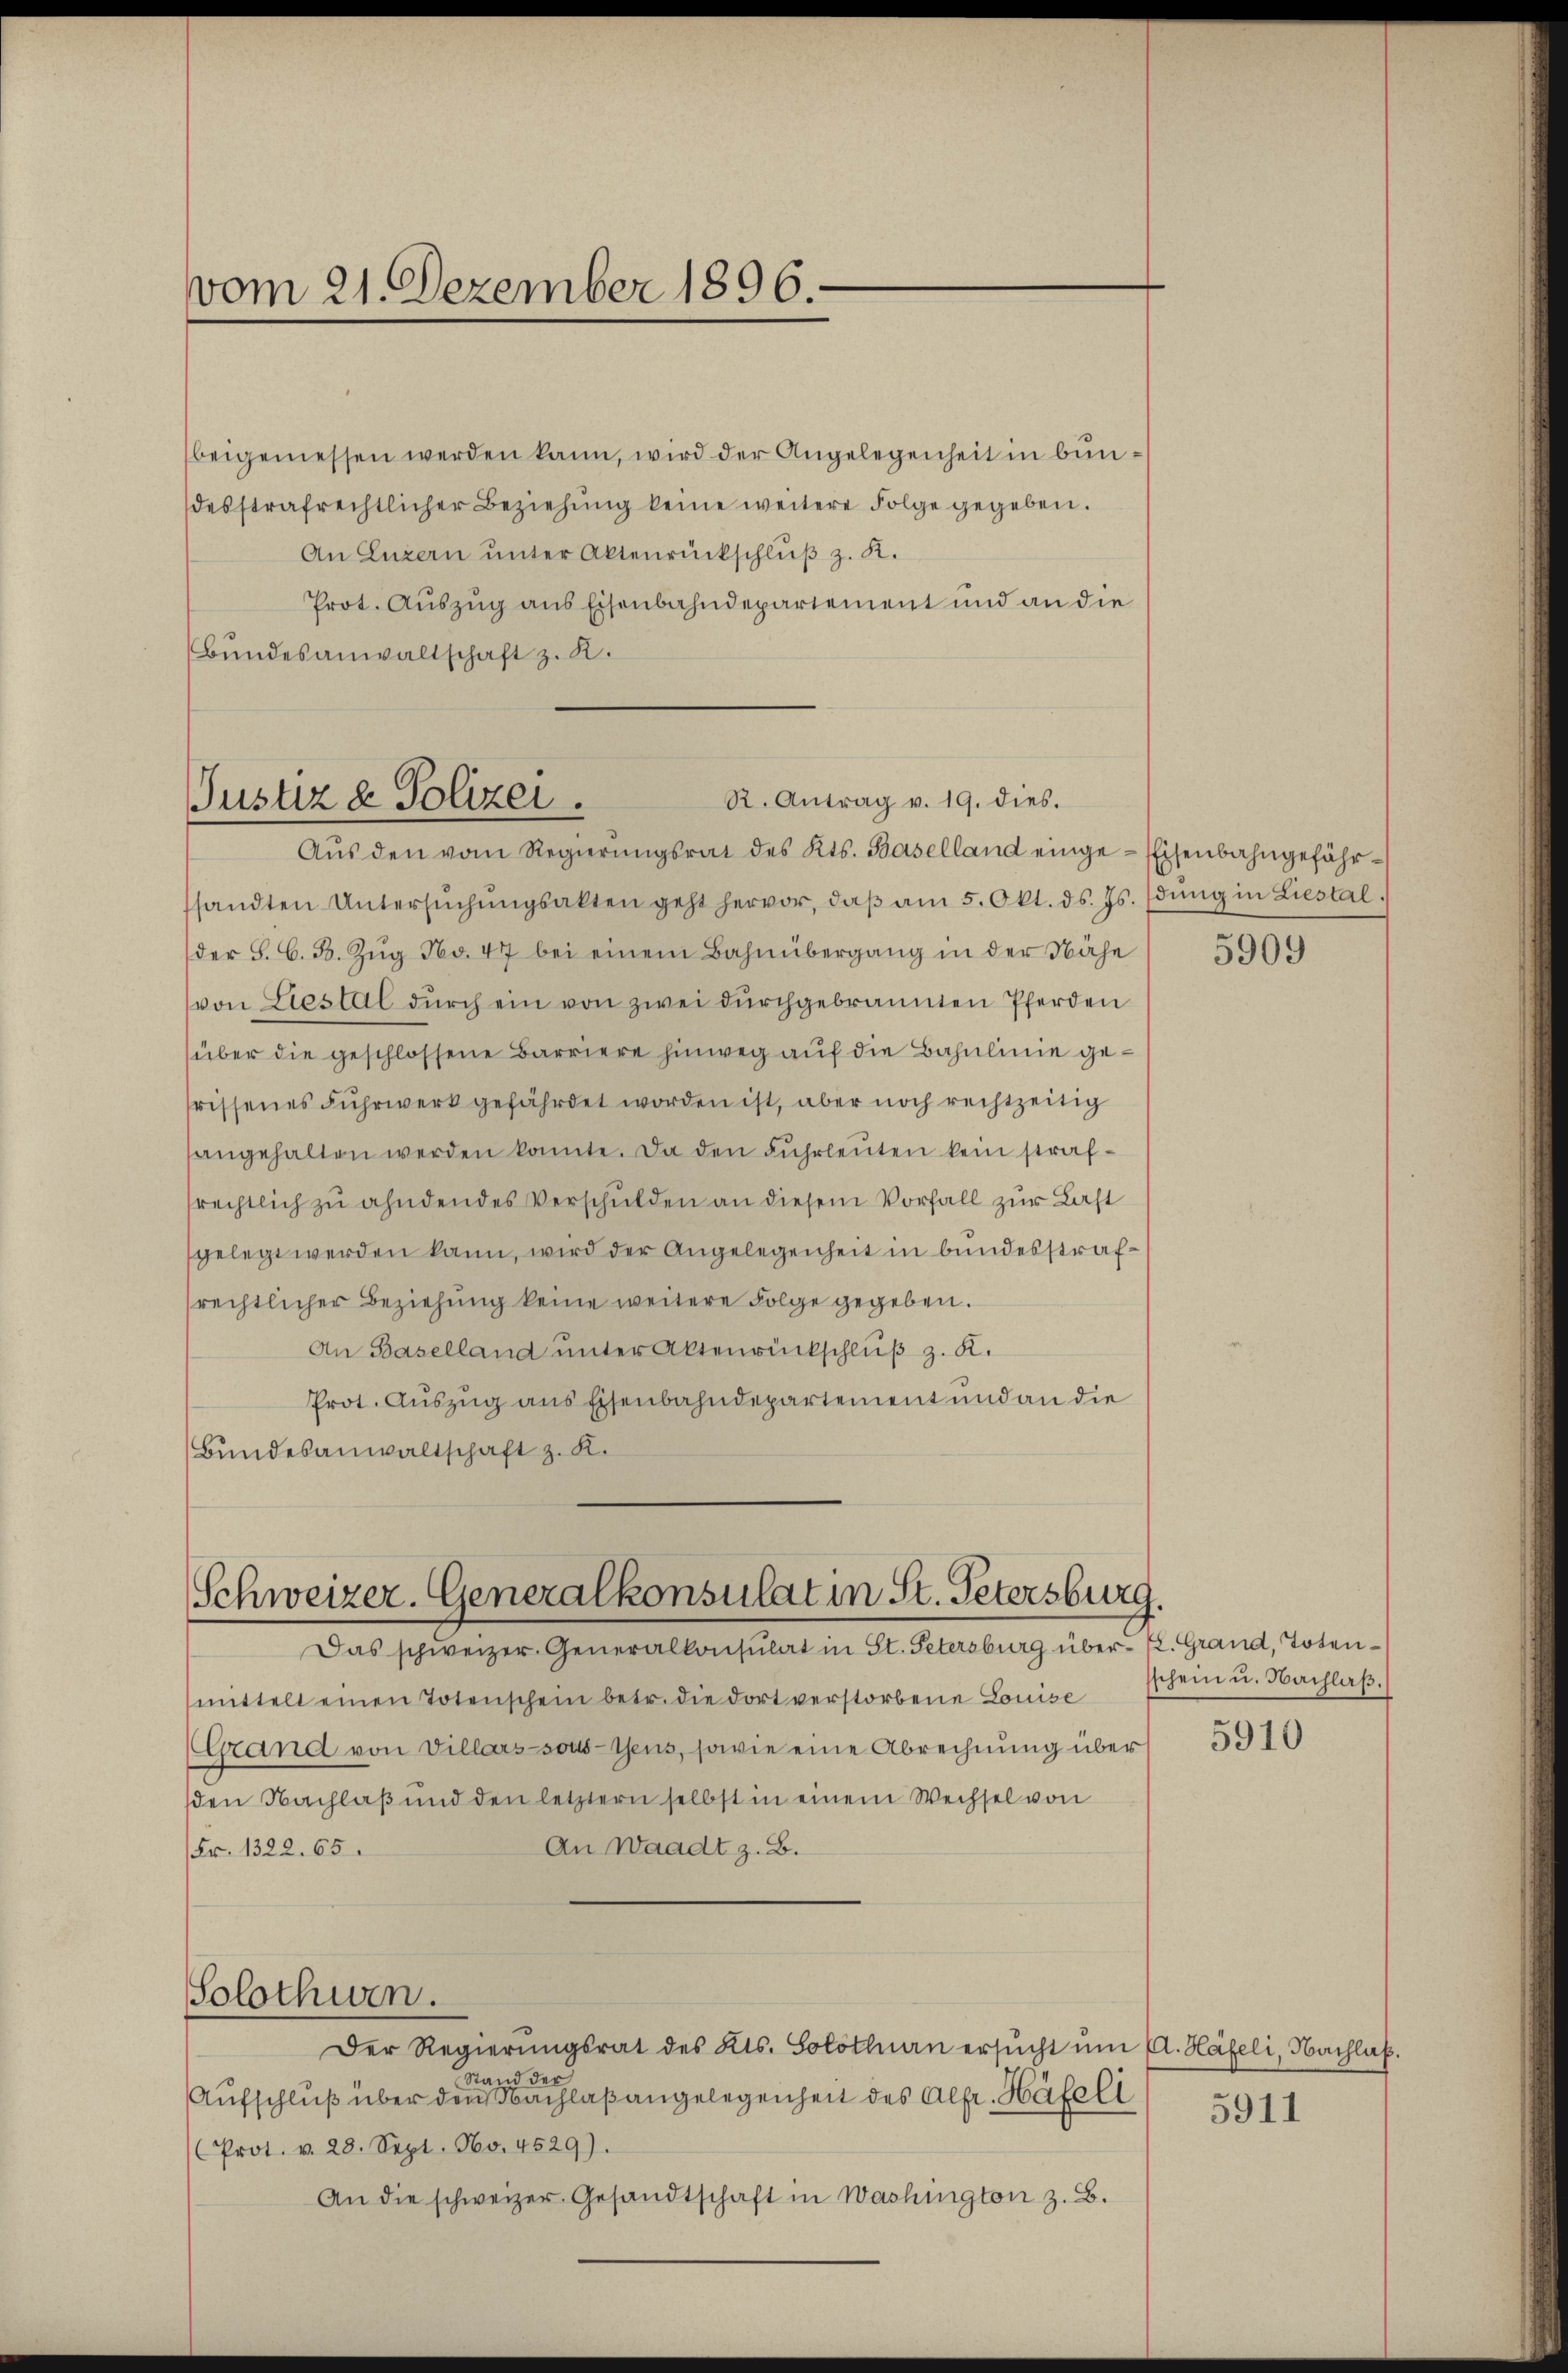
vom 21. Dezember 1896.

beigemessen werden kann, wird der Angelegenheit in bundesstrafrechtlicher Beziehŭng keine weitere Folge gegeben.
An Luzern unter Aktenrückschlŭβ z. K.
Prot. Auszug aus Eisenbahndepartement und an die
Bŭndesanwaltschaft z. R.

R. Antrag v. 19. dies.
Justiz & Polizei.

Schweizer. Generalkonsulat in St. Petersburg.
Das schweizer. Generalkonsulat in St. Petersburg über K. Grand, Toten¬

Aŭs den vom Regierŭngsrat des Kts. Baselland einge-Eisenbahngefährsandten Untersŭchŭngsakten geht hervor, daβ am 5. Okt. ds. Js. dŭng in Liestal
der S. G. B. Zŭg No. 47 bei einem Bahnübergang in der Nähe
von Liestal dŭrch ein von zwei dŭrchgebrannten Pferden
über die geschlossene Barriere hinweg auf die Bahnlinie gerissenes Fuhrwerk gefährdet worden ist, aber noch rechtzeitig
angehalten werden konnte. Da den Fuhrleuten kein strafrechtlich zu ahndendes Verschulden an diesem Vorfall zur Last
gelegt werden kann, wird der Angelegenheit in bundesstrafrechtlicher Beziehung keine weitere Folge gegeben.
An Baselland unter Aktenrückschluß z. K.
Prot. Auszug aus Eisenbahndepartement und an die
Bundesanwaltschaft z. K.

mittelt einen Totenschein betr. die dort verstorbene Louise schein u. Nachlaβ.
(Grand von Villars sonstens, sowie eine Abrechnung über
den Nachlaß und den letztern selbst in einem Wechsel von
An Waadt z. B.
Fr. 1322. 65.
Solothwen.
Der Regierŭngsrat des Kts. Solothurn ersŭcht ŭm A. Häfeli, Nachlaß.
and der
Aufschluß über den Nachlaßangelegenheit des Alfr. Häfeli
Prot. v. 28. Sept. No. 4529).
An die schweizer Gesandtschaft in Washington z. B.

5909

5910

5911